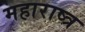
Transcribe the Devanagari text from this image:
महाराष्त्र